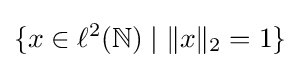
\{x\in \ell ^{2}(\mathbb {N} )\mid \|x\|_{2}=1\}